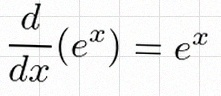
\frac{d}{dx}(e^x)=e^x